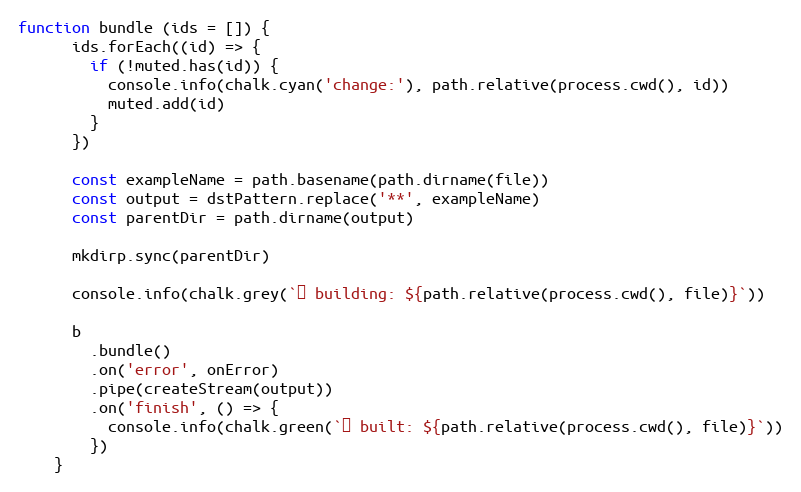
Language: JavaScript
function bundle (ids = []) {
      ids.forEach((id) => {
        if (!muted.has(id)) {
          console.info(chalk.cyan('change:'), path.relative(process.cwd(), id))
          muted.add(id)
        }
      })

      const exampleName = path.basename(path.dirname(file))
      const output = dstPattern.replace('**', exampleName)
      const parentDir = path.dirname(output)

      mkdirp.sync(parentDir)

      console.info(chalk.grey(`⏳ building: ${path.relative(process.cwd(), file)}`))

      b
        .bundle()
        .on('error', onError)
        .pipe(createStream(output))
        .on('finish', () => {
          console.info(chalk.green(`✓ built: ${path.relative(process.cwd(), file)}`))
        })
    }